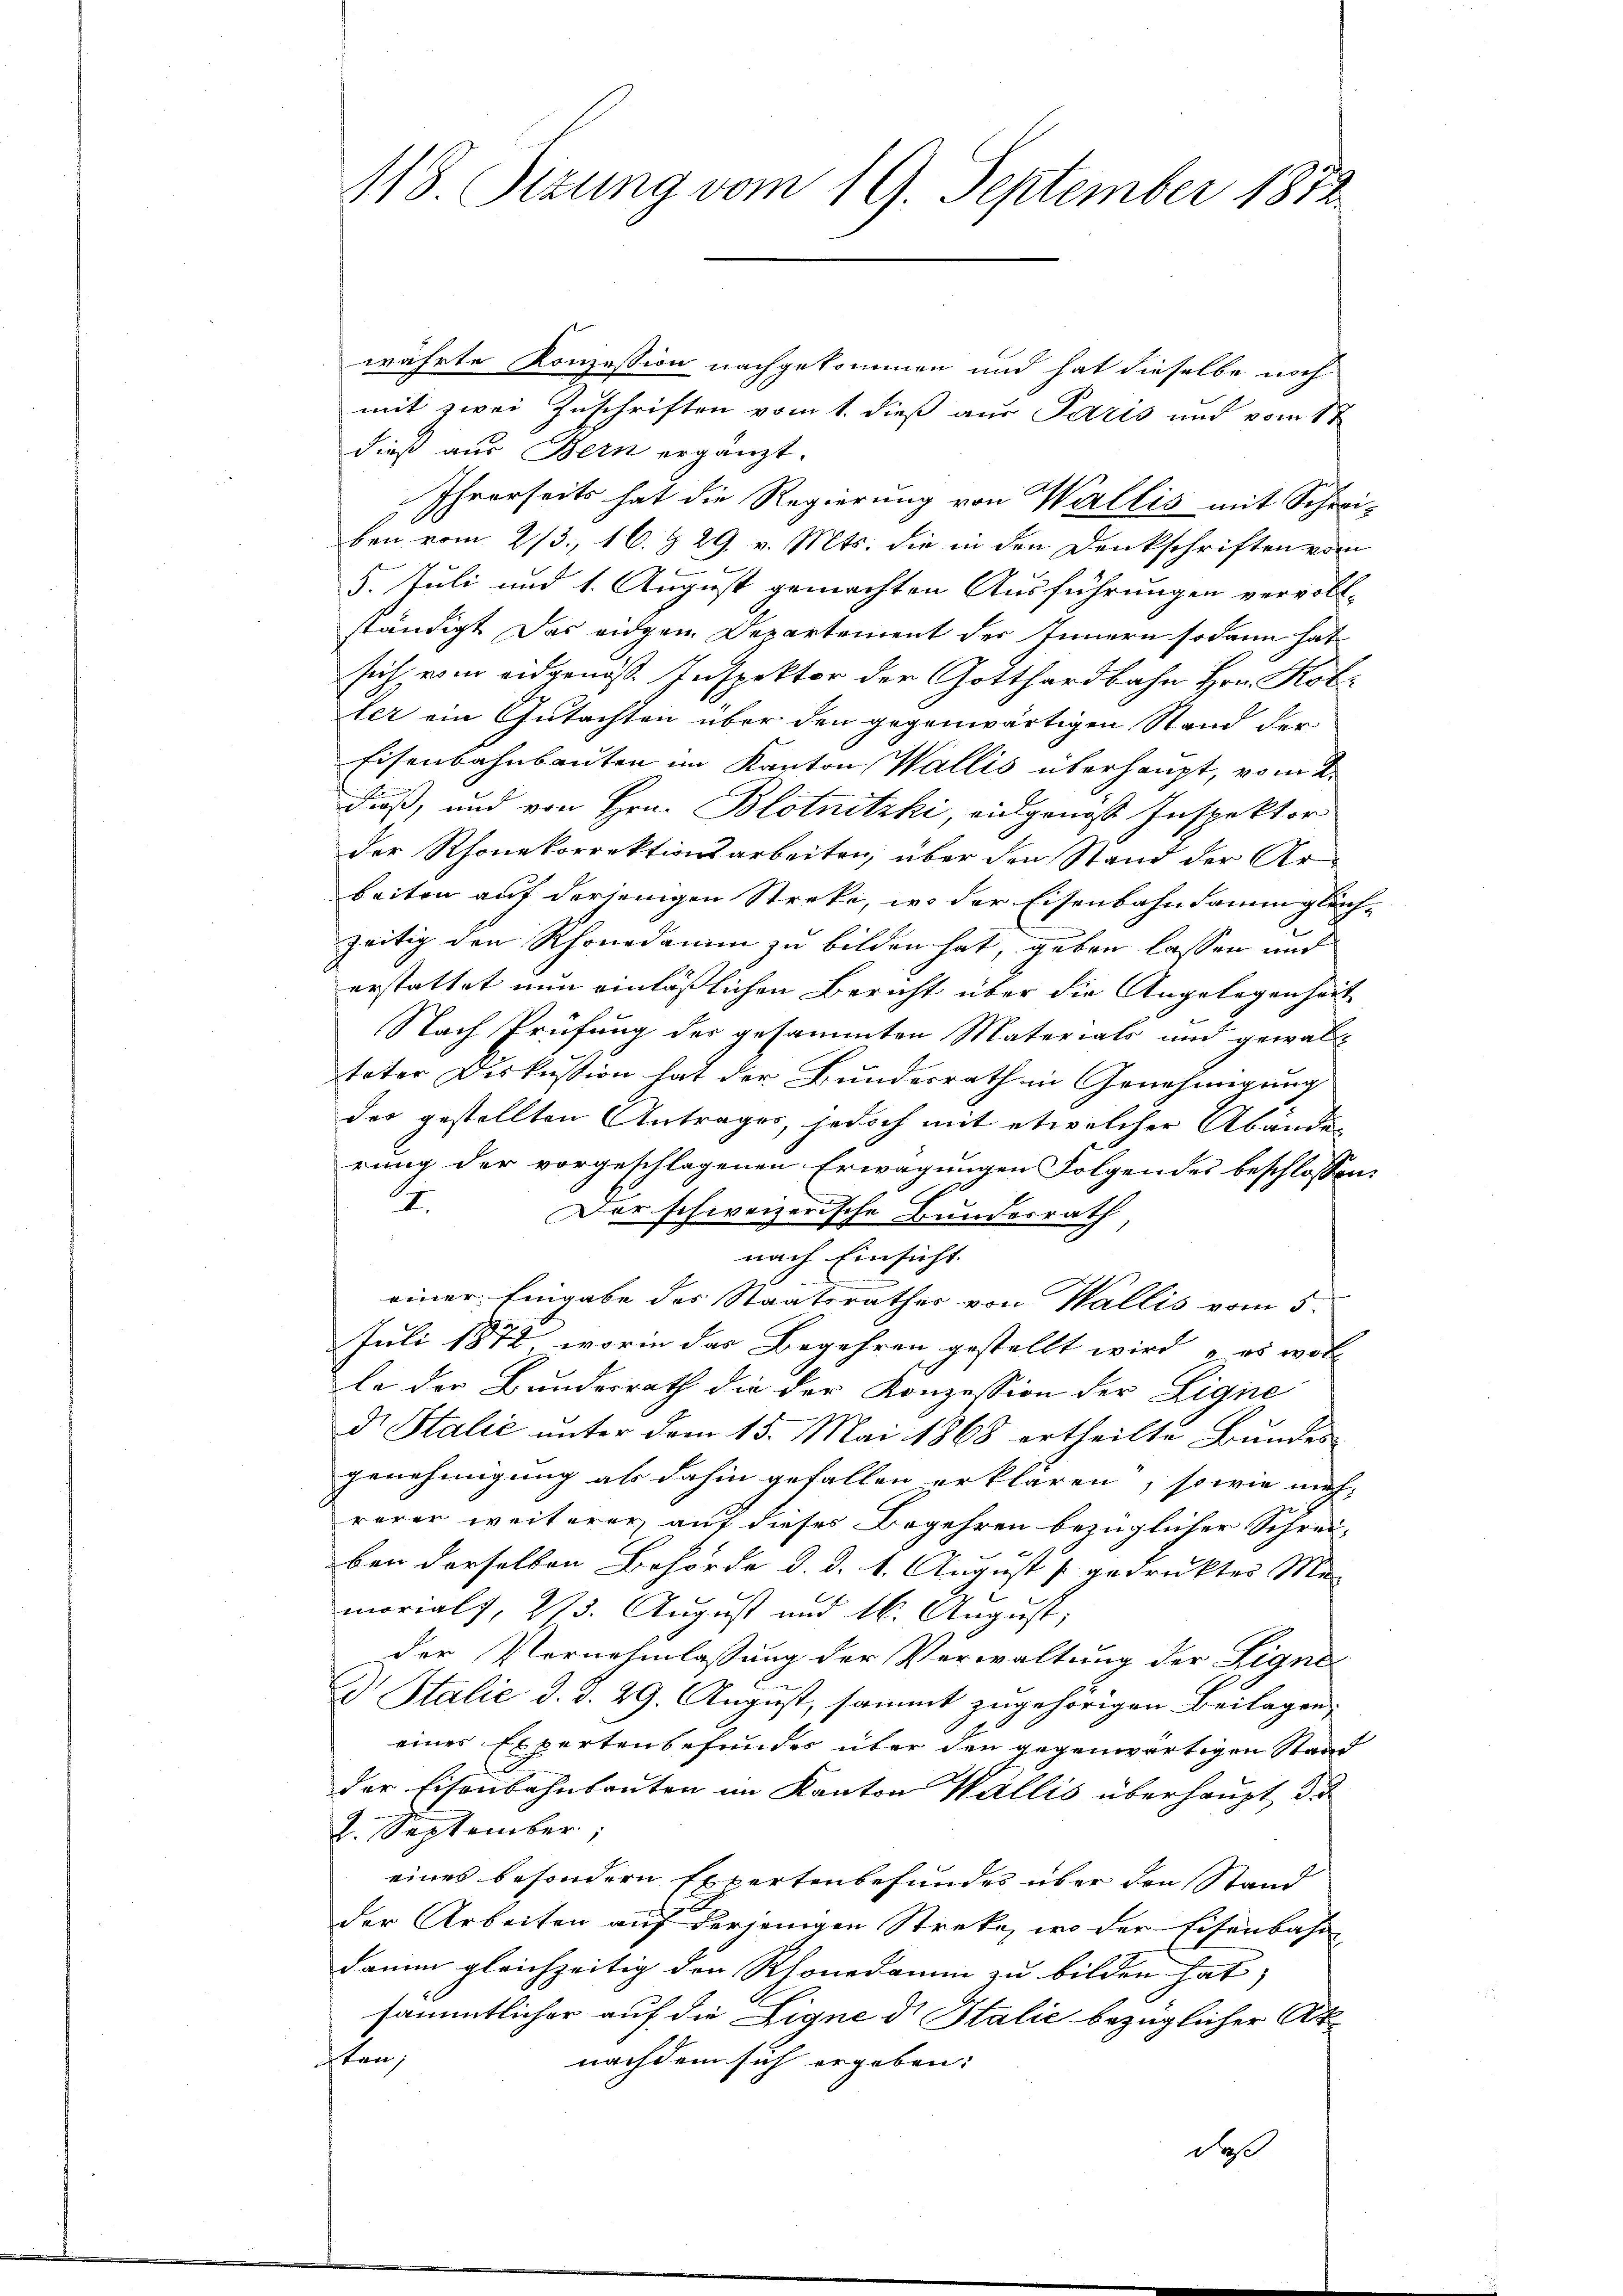
118. Sizung vom 19. September 1872

währte Konzession nachgekommen und hat dieselbe noch
mit zwei Zuschriften vom 1. dieß aus Paris und vom 8t
dieß aus Bern ergänzt.
Ihrerseits hat die Regierung von Wallis mit Schrei-
ben vom 2/3., 16. § 29. v. Mts. die in den Denkschriften vom
5. Juli und 1. August gemachten Ausführungen vervoll-
ständigt das eidgen Departement der Innern sodann hat
sich vom eidgenöß. Inspektor der Gotthardbahn Hrn. Kot
ler ein Gutachten über den gegenwärtigen Stand der
Eisenbahnbauten im Kanton Wallis überhaupt, vom 2.
Fuß, und von Hrn. Blotnitzki, eidgenoß Inspektor
der Rhonekorrektionsarbeiten, über den Stand der Arbeiten auf derjenigen Streke, wo der Eisenbahndammgleichzeitig den Rhondamm zu bilden hat, geben lassen und
erstattet nun einläßlichen Bericht über die Angelegenheit
Nach Prüfung der gesammten Materials und gewal
teter Diskussion hat der Bundesrath in Genehmigung
des gestellten Antrages, jedoch mit etwelcher Abänder
rung der vorgeschlagenen Erwägungen Folgendes beschlossen:
I
Der schweizerische Bundesrath
nach Einsicht
einer Eingabe des Staatsrathes von Wallis vom 5.
Juli 1872, worin das Begehren gestellt wird, „es woll
le der Bundesrath die der Konzession der Eigne
d. Stalić unter dem 15. Mai 1868 ertheilte Bundes
genehmigung als dahin gefallen erklären, sowie meh-
rerer weiterer auf dieses Begehren bezüglicher Schrei-
ben derselben Behörde d. d. 1. August s gedrucktes Men
morials, 275. August und 16. August,
der Vernehmlassung der Verwaltung der Eigne
D. Stalie d. d. 29. August, sammt zugehörigen Beilagen,
einer Expertenbefundes über den gegenwärtigen Stand
der Eisenbahnbauten im Kanton Wallis überhaupt, da
2. September,
eines besondern Expertenbefundes über den Stand
der Arbeiten auf derjenigen Streke, wo der Eisenbahn-
damin gleichzeitig den Rhonedamm zu bilden hat, |
sämmtlicher auf die Eigne di Italić bezüglicher Aksten
nachdem sich ergeben:
daß